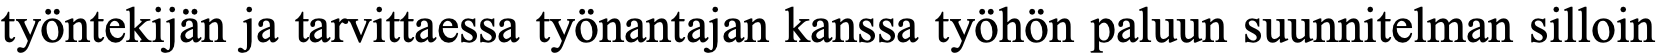
työntekijän ja tarvittaessa työnantajan kanssa työhön paluun suunnitelman silloin